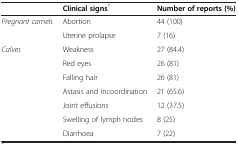
|  | Clinical signs† | Number of reports (%) |
 | --- | --- | --- |
 | Pregnant camels | Abortion | 44 (100) |
 |  | Uterine prolapse | 7 (16) |
 | Calves | Weakness | 27 (84.4) |
 |  | Red eyes | 26 (81) |
 |  | Falling hair | 26 (81) |
 |  | Astasis and incoordination | 21 (65.6) |
 |  | Joint effusions | 12 (37.5) |
 |  | Swelling of lymph nodes | 8 (25) |
 |  | Diarrhoea | 7 (22) |